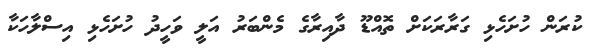
ކުރަން ހުށަހެޅި ގަރާރަކަށް ތޮއްޑޫ ދާއިރާގެ މެންބަރު އަލީ ވަހީދު ހުށަހެޅި އިސްލާހަކާ